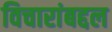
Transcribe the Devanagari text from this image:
विचारांबद्दल